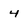
Character: 4